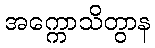
အက္ကောသိတွာန